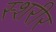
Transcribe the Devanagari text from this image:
स्शरीर